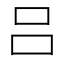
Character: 吕